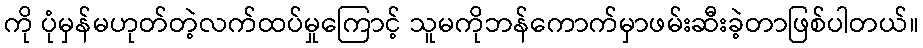
ကို ပုံမှန်မဟုတ်တဲ့လက်ထပ်မှုကြောင့် သူမကိုဘန်ကောက်မှာဖမ်းဆီးခဲ့တာဖြစ်ပါတယ်။